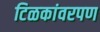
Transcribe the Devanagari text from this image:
टिळकांवरपण